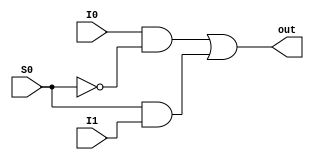
module mux_2input(out, I0, I1, S0);

input   I0, I1;
input   S0;
output  out;

wire notS0, notS1; 
wire ilkAnd,ikinciAnd;


not(notS0,S0);
and(ilkAnd,I0,notS0);

and(ikinciAnd,S0,I1);

or(out,ilkAnd,ikinciAnd);

endmodule